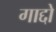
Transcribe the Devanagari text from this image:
गाद्दो